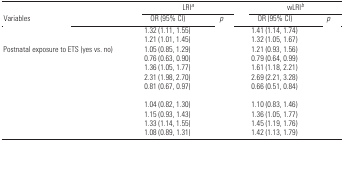
<table><thead><tr><td colspan="3"><b>LRI<i>a</i></b></td><td colspan="3"><b>wLRI<i>b</i></b></td></tr><tr><td><b>Variables</b></td><td><b>OR (95% CI)</b></td><td><b><i>p</i></b></td><td><b>OR (95% CI)</b></td><td><b><i>p</i></b></td></tr></thead><tbody><tr><td>[EMPTY_CELL]</td><td>[EMPTY_CELL]</td><td>1.32 (1.11, 1.55)</td><td>[EMPTY_CELL]</td><td>[EMPTY_CELL]</td><td>[EMPTY_CELL]</td><td>1.41 (1.14, 1.74)</td><td>[EMPTY_CELL]</td><td>[EMPTY_CELL]</td></tr><tr><td>[EMPTY_CELL]</td><td>[EMPTY_CELL]</td><td>1.21 (1.01, 1.45)</td><td>[EMPTY_CELL]</td><td>[EMPTY_CELL]</td><td>[EMPTY_CELL]</td><td>1.32 (1.05, 1.67)</td><td>[EMPTY_CELL]</td><td>[EMPTY_CELL]</td></tr><tr><td>Postnatal exposure to ETS (yes vs. no)</td><td>[EMPTY_CELL]</td><td>1.05 (0.85, 1.29)</td><td>[EMPTY_CELL]</td><td>[EMPTY_CELL]</td><td>[EMPTY_CELL]</td><td>1.21 (0.93, 1.56)</td><td>[EMPTY_CELL]</td><td>[EMPTY_CELL]</td></tr><tr><td>[EMPTY_CELL]</td><td>[EMPTY_CELL]</td><td>0.76 (0.63, 0.90)</td><td>[EMPTY_CELL]</td><td>[EMPTY_CELL]</td><td>[EMPTY_CELL]</td><td>0.79 (0.64, 0.99)</td><td>[EMPTY_CELL]</td><td>[EMPTY_CELL]</td></tr><tr><td>[EMPTY_CELL]</td><td>[EMPTY_CELL]</td><td>1.36 (1.05, 1.77)</td><td>[EMPTY_CELL]</td><td>[EMPTY_CELL]</td><td>[EMPTY_CELL]</td><td>1.61 (1.18, 2.21)</td><td>[EMPTY_CELL]</td><td>[EMPTY_CELL]</td></tr><tr><td>[EMPTY_CELL]</td><td>[EMPTY_CELL]</td><td>2.31 (1.98, 2.70)</td><td>[EMPTY_CELL]</td><td>[EMPTY_CELL]</td><td>[EMPTY_CELL]</td><td>2.69 (2.21, 3.28)</td><td>[EMPTY_CELL]</td><td>[EMPTY_CELL]</td></tr><tr><td>[EMPTY_CELL]</td><td>[EMPTY_CELL]</td><td>0.81 (0.67, 0.97)</td><td>[EMPTY_CELL]</td><td>[EMPTY_CELL]</td><td>[EMPTY_CELL]</td><td>0.66 (0.51, 0.84)</td><td>[EMPTY_CELL]</td><td>[EMPTY_CELL]</td></tr><tr><td>[EMPTY_CELL]</td><td>[EMPTY_CELL]</td><td>[EMPTY_CELL]</td><td>[EMPTY_CELL]</td><td>[EMPTY_CELL]</td><td>[EMPTY_CELL]</td><td>[EMPTY_CELL]</td><td>[EMPTY_CELL]</td><td>[EMPTY_CELL]</td></tr><tr><td>[EMPTY_CELL]</td><td>[EMPTY_CELL]</td><td>1.04 (0.82, 1.30)</td><td>[EMPTY_CELL]</td><td>[EMPTY_CELL]</td><td>[EMPTY_CELL]</td><td>1.10 (0.83, 1.46)</td><td>[EMPTY_CELL]</td><td>[EMPTY_CELL]</td></tr><tr><td>[EMPTY_CELL]</td><td>[EMPTY_CELL]</td><td>1.15 (0.93, 1.43)</td><td>[EMPTY_CELL]</td><td>[EMPTY_CELL]</td><td>[EMPTY_CELL]</td><td>1.36 (1.05, 1.77)</td><td>[EMPTY_CELL]</td><td>[EMPTY_CELL]</td></tr><tr><td>[EMPTY_CELL]</td><td>[EMPTY_CELL]</td><td>1.33 (1.14, 1.55)</td><td>[EMPTY_CELL]</td><td>[EMPTY_CELL]</td><td>[EMPTY_CELL]</td><td>1.45 (1.19, 1.76)</td><td>[EMPTY_CELL]</td><td>[EMPTY_CELL]</td></tr><tr><td>[EMPTY_CELL]</td><td>[EMPTY_CELL]</td><td>1.08 (0.89, 1.31)</td><td>[EMPTY_CELL]</td><td>[EMPTY_CELL]</td><td>[EMPTY_CELL]</td><td>1.42 (1.13, 1.79)</td><td>[EMPTY_CELL]</td><td>[EMPTY_CELL]</td></tr><tr><td colspan="9">[EMPTY_CELL]</td></tr></tbody></table>